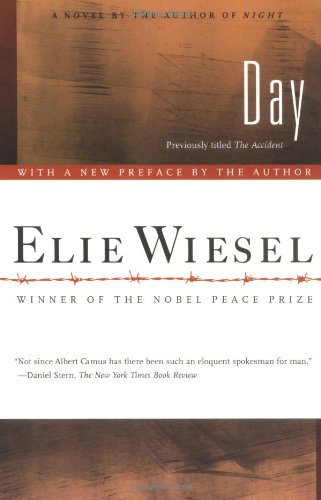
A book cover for Day: A Novel; Elie Wiesel; Literature & Fiction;